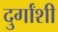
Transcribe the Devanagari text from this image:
दुर्गांशी